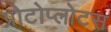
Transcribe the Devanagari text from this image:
प्रोटोप्लोटस